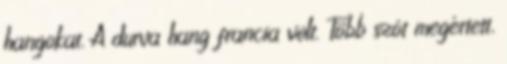
hangokat. A durva hang francia volt. Több szót megértett,